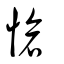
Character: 愴